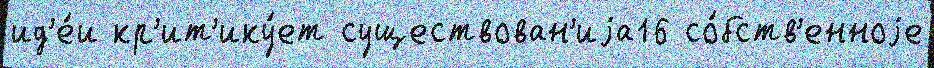
ид'е́и кр'ит'ику́ет существован'иjа16 со́бств'енноjе